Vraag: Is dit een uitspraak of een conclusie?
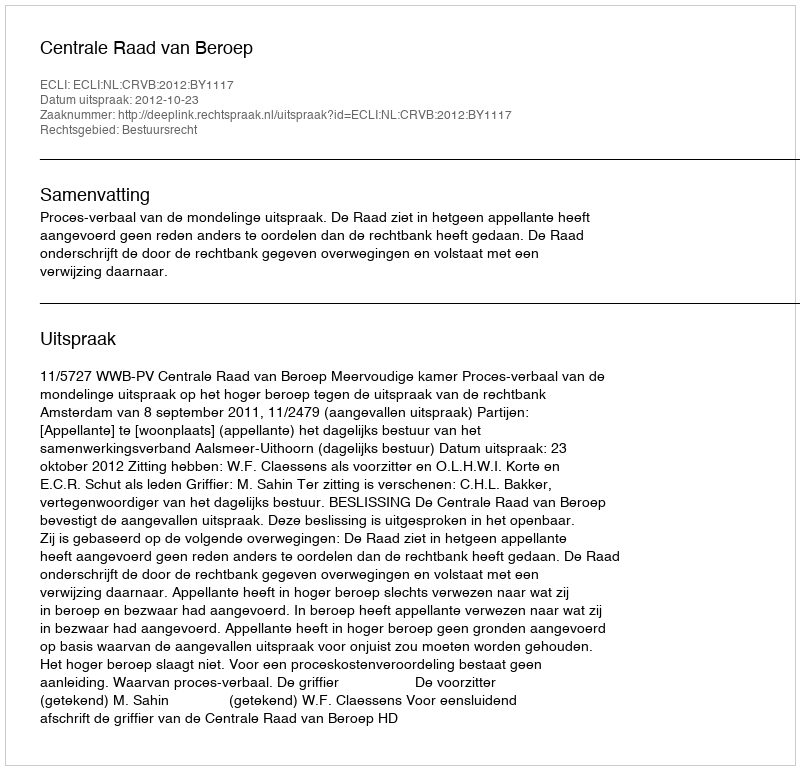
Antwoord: Uitspraak